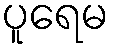
ပူရေမ